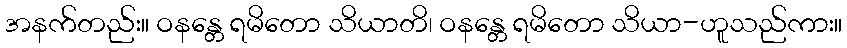
အနက်တည်း။ ဝနန္တေ ရမိတော သိယာတိ၊ ဝနန္တေ ရမိတော သိယာ-ဟူသည်ကား။